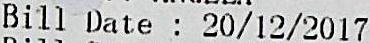
BILL DATE : 20/12/2017